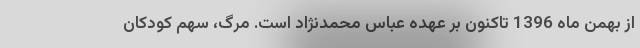
از بهمن ماه 1396 تاکنون بر عهده عباس محمدنژاد است. مرگ، سهم کودکان